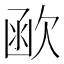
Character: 𣣖